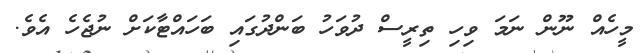
މީހެއް ނޫން ނަމަ ވިހި ތިރީސް ދުވަހު ބަންދުގައި ބަހައްޓާކަށް ނުޖެހެ އެވެ.